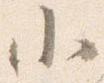
小